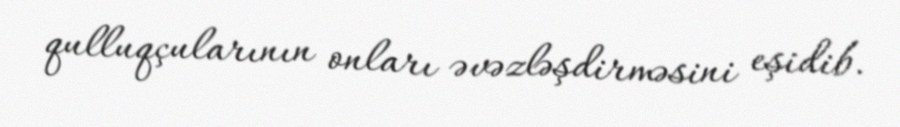
qulluqçularının onları əvəzləşdirməsini eşidib.